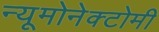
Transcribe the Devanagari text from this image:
न्यूमोनेक्टोमी